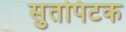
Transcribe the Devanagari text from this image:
सुतपिटक